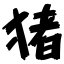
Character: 猪